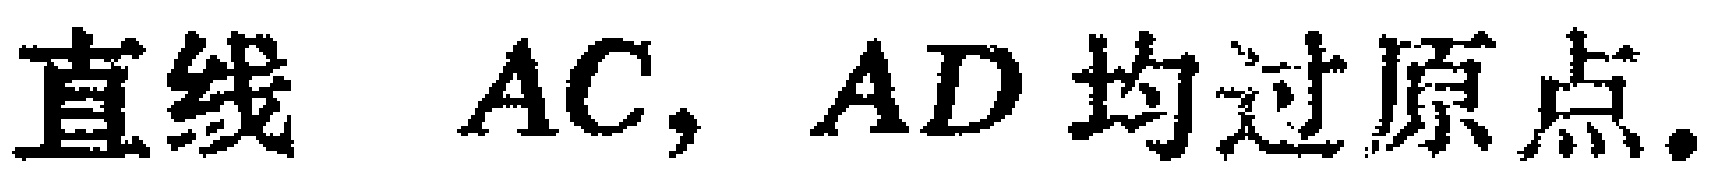
直线 \(AC, AD\) 均过原点.